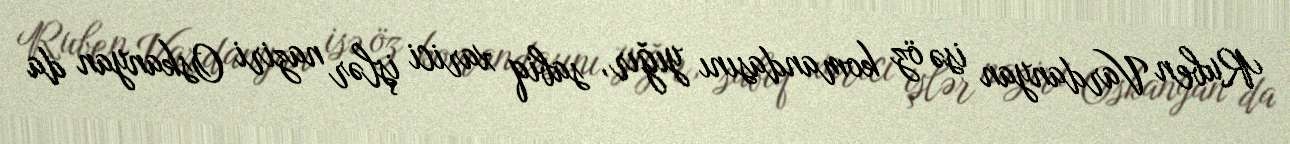
Ruben Vardanyan isə öz komandasını yığır, sabiq xarici işlər naziri Oskanyan da